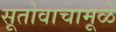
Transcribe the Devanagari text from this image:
सूतोवाचामूळे